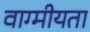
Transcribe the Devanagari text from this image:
वाग्मीयता